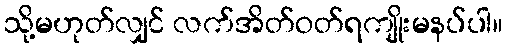
သို့မဟုတ်လျှင် လက်အိတ်ဝတ်ရကျိုးမနပ်ပါ။